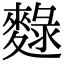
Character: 𪍄